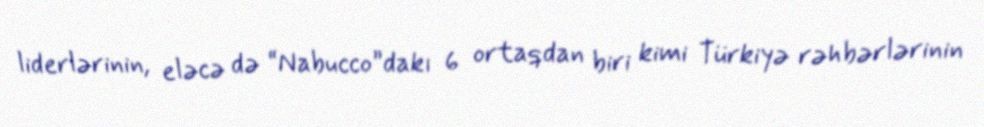
liderlərinin, eləcə də “Nabucco”dakı 6 ortaqdan biri kimi Türkiyə rəhbərlərinin